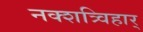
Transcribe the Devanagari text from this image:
नक्शत्र्विहार्